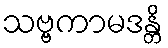
သဗ္ဗကာမဒန္တိ